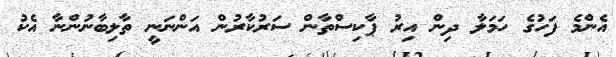
އެންމެ ފަހުގެ ހަމަލާ ދިން އިރު ޕާކިސްތާން ސަރުކާރުން އަންނަނީ ތާލިބާނުންނާ އެކު